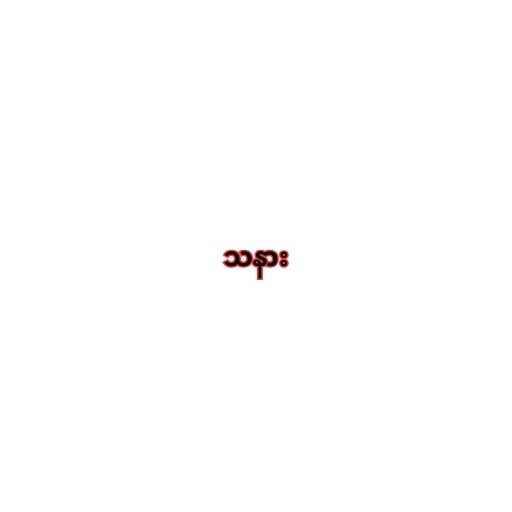
သနား